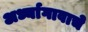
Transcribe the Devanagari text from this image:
अर्ध्यागावाचे